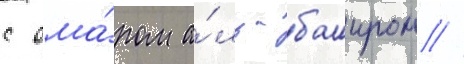
с ома́ром а́ль-баширом //